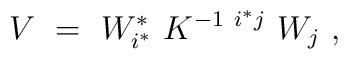
V ~=~ W^*_{i^*} ~K^{-1 ~{i^*} j} ~W_j ~,